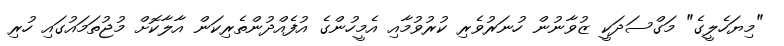
"މިޔަހެލީގެ" މަގްސަދަކީ ޒުވާނުން ހުނަރުވެރި ކުރުވުމާއި އެމީހުންގެ އުފެއްދުންތެރިކަން އާލާކޮށް މުޖުތަމައުގައި ހުރި